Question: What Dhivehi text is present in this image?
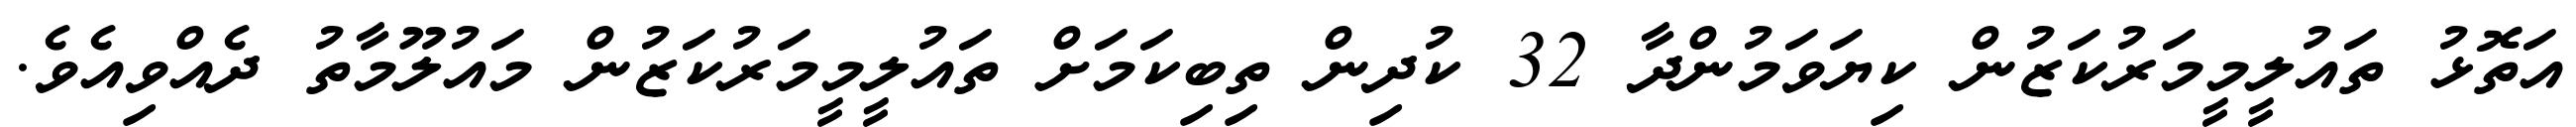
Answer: އަތޮޅު ތައުލީމީމަރުކަޒުން ކިޔަވަމުންދާ 32 ކުދިން ތިބިކަމަށް ތައުލީމީމަރުކަޒުން މައުލޫމާތު ދެއްވިއެވެ.